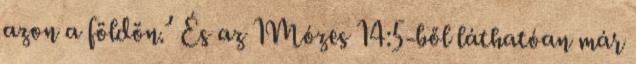
azon a földön.’ És az 1Mózes 14:5-ből láthatóan már